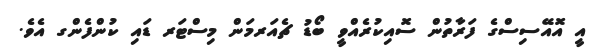
އީ އޮއޭސިސްގެ ފަރާތުން ސޮއިކުރެއްވީ ބޯޑު ޗެއަރމަން މިސްޓަރ ޑައި ކުންފެންގ އެވެ.